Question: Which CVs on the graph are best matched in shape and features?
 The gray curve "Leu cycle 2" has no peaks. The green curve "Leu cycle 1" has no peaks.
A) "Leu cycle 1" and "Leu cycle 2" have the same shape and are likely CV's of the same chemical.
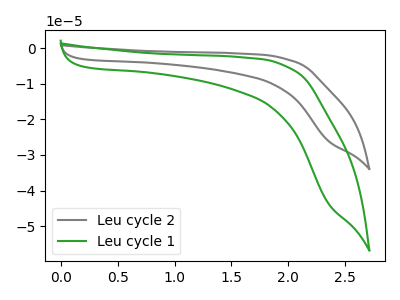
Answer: <think>Neither "Leu cycle 2" or "Leu cycle 1" have any peaks.
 </think>
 <answer>A) "Leu cycle 1" and "Leu cycle 2" have the same shape and are likely CV's of the same chemical.</answer>
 <eval>A</eval>